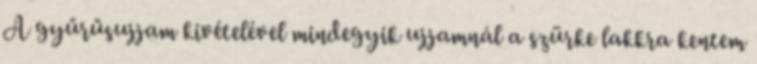
A gyűrűsujjam kivételével mindegyik ujjamnál a szürke lakkra kentem